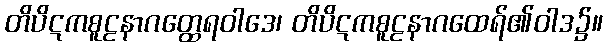
တိပိဋကစူဠနာဂတ္ထေရဝါဒေ၊ တိပိဋကစူဠနာဂထေရ်၏ဝါဒ၌။